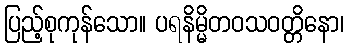
ပြည့်စုကုန်သော။ ပရနိမ္မိတဝသဝတ္တိနော၊